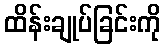
ထိန်းချုပ်ခြင်းကို